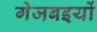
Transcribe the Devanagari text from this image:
गेजबइयों